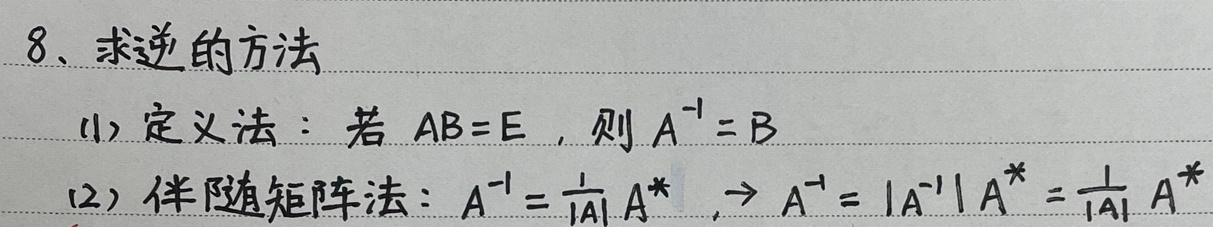
8、求逆的方法
(1) 定义法：若 $AB = E$，则 $A^{-1}=B$
(2) 伴随矩阵法：$A^{-1}=\frac{1}{|A|}A^{*}\ \to A^{-1}=|A^{-1}|A^{*}=\frac{1}{|A|}A^{*}$